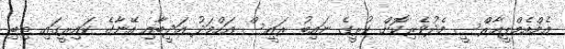
އެމްއެމްޕީއާރްސީ މެދުވެރިކޮށް ކުރީގެ ނައިބު ރައީސް އަހްމަދު އަދީބާއި އޭނާގެ ކައިރީގައި ތިބި